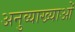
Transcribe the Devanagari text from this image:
अनुव्याख्याओं